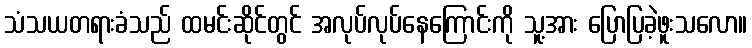
သံသယတရားခံသည် ထမင်းဆိုင်တွင် အလုပ်လုပ်နေကြောင်းကို သူ့အား ပြောပြခဲ့ဖူးသလော။